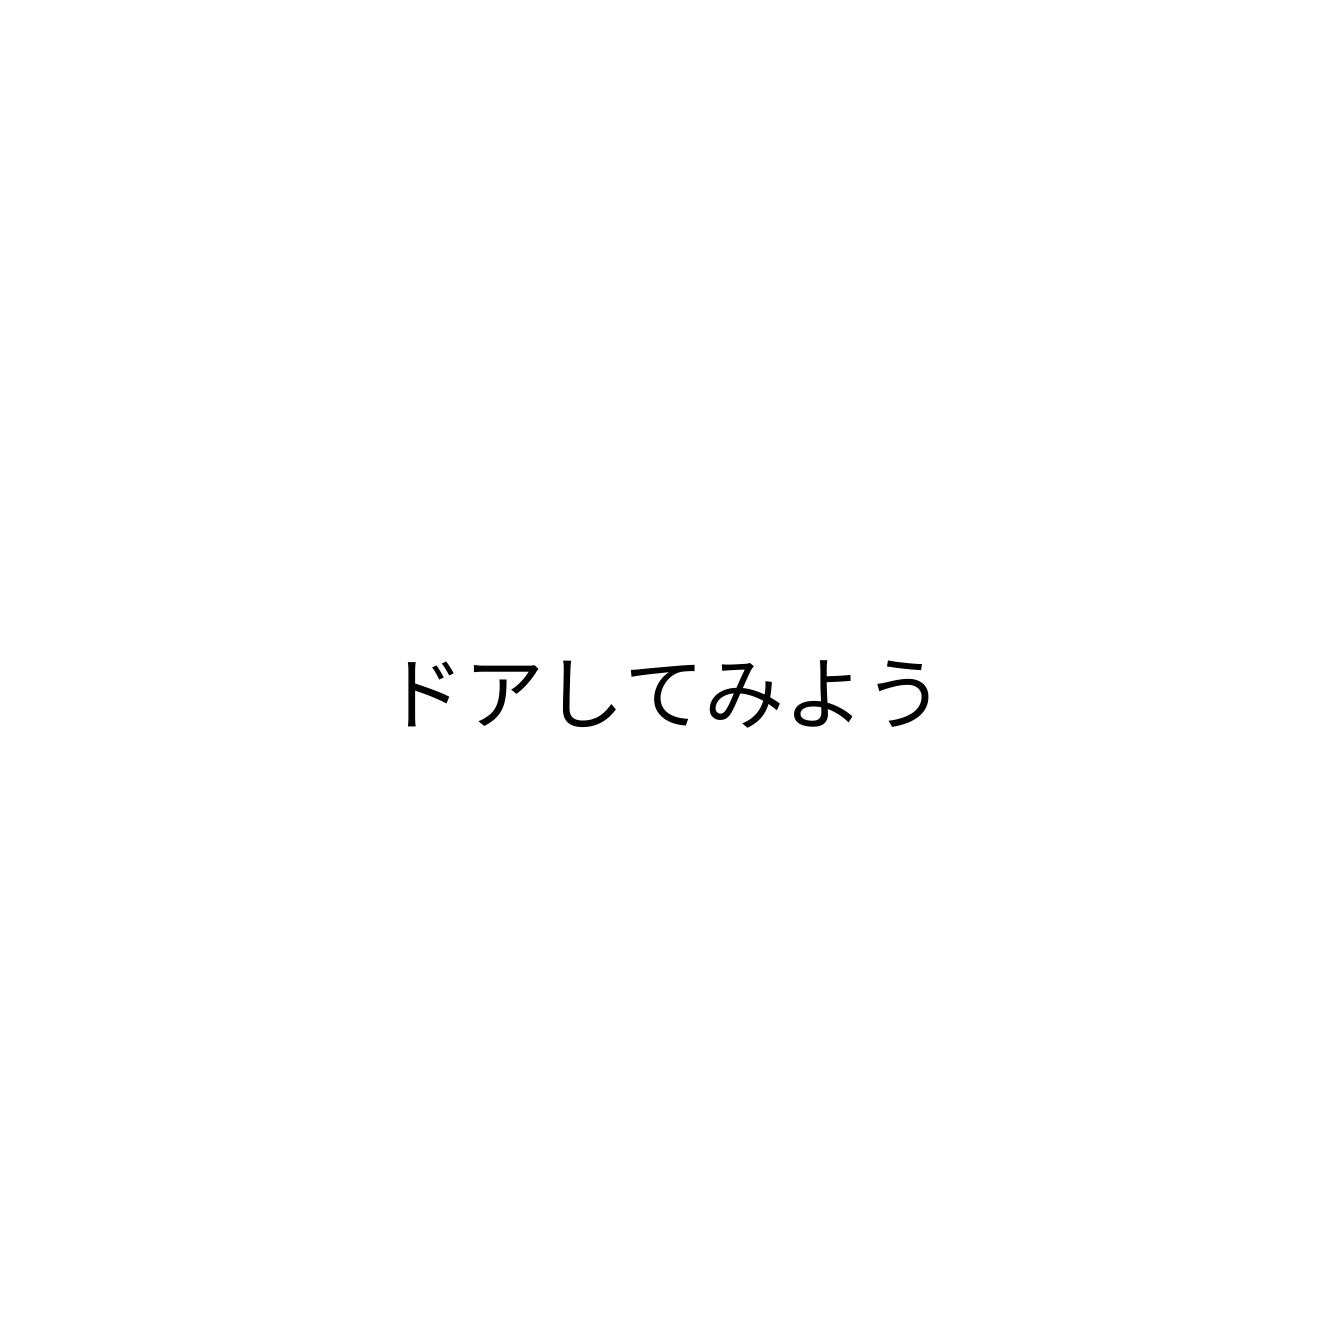
ドアしてみよう